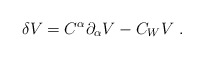
\begin{align*}\delta V = C^{\alpha}{\partial}_{\alpha} V - C_{W} V~.\end{align*}